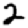
Digit: 2